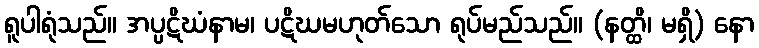
ရူပါရုံသည်။ အပ္ပဋိဃံနာမ၊ ပဋိဃမဟုတ်သော ရုပ်မည်သည်။ (နတ္ထိ၊ မရှိ) နော